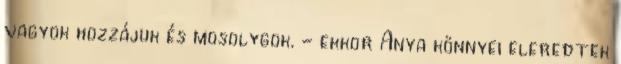
vagyok hozzájuk és mosolygok. - ekkor Anya könnyei eleredtek